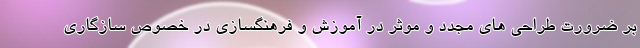
بر ضرورت طراحی های مجدد و موثر در آموزش و فرهنگسازی در خصوص سازگاری